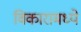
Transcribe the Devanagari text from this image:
विकारामध्ये